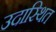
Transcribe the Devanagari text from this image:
उदास्थित